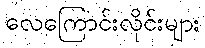
လေကြောင်းလိုင်းများ